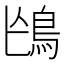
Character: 𩿌